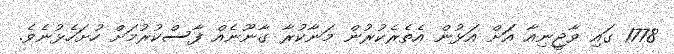
1778 ގައި ވާޖީނިއާ އަަށް އަޅުން އެެތެރެކުރުން މަނާކުރާ ގާނޫނެއް ފާސްކުރުމަށް ހުށަހެޅުނެވެ.